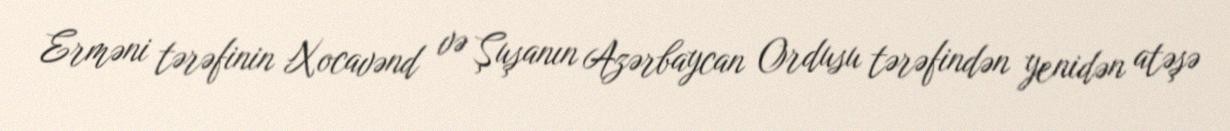
Erməni tərəfinin Xocavənd və Şuşanın Azərbaycan Ordusu tərəfindən yenidən atəşə